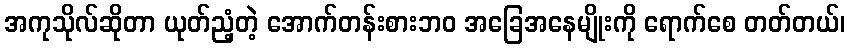
အကုသိုလ်ဆိုတာ ယုတ်ညံ့တဲ့ အောက်တန်းစားဘဝ အခြေအနေမျိုးကို ရောက်စေ တတ်တယ်၊